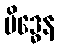
မိဒ္ဓေန